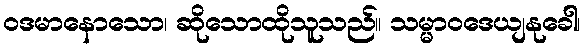
ဝဒမာနောသော၊ ဆိုသောထိုသူသည်။ သမ္မာဝဒေယျနုခေါ၊